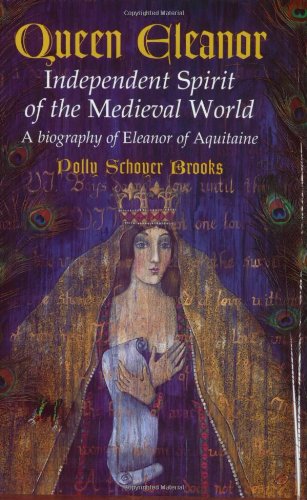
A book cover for Queen Eleanor: Independent Spirit of the Medieval World; Polly Schoyer Brooks; Children's Books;